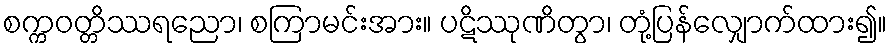
စက္ကဝတ္တိဿရညော၊ စကြာမင်းအား။ ပဋိဿုဏိတွာ၊ တုံ့ပြန်လျှောက်ထား၍။